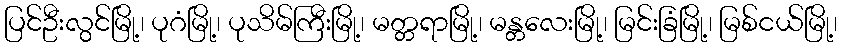
ပြင်ဦးလွင်မြို့၊ ပုဂံမြို့၊ ပုသိမ်ကြီးမြို့၊ မတ္တရာမြို့၊ မန္တလေးမြို့၊ မြင်းခြံမြို့၊ မြစ်ငယ်မြို့၊